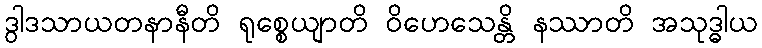
ဒွါဒသာယတနာနီတိ ရုစ္စေယျာတိ ဝိဟေသေန္တိ နဿာတိ အသုဒ္ဓါယ